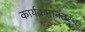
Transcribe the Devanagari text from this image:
कार्यक्रमानंतरच